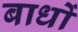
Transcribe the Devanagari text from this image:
बाधों